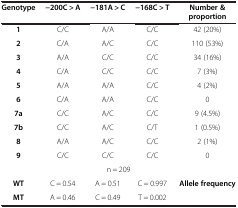
| Genotype | -200C > A | -181A > C | -168C > T | Number & proportion |
 | --- | --- | --- | --- | --- |
 | 1 | C/C | A/A | C/C | 42 (20%) |
 | 2 | C/A | A/C | C/C | 110 (53%) |
 | 3 | A/A | C/C | C/C | 34 (16%) |
 | 4 | C/A | C/C | C/C | 7 (3%) |
 | 5 | A/A | A/A | C/C | 4 (2%) |
 | 6 | C/A | A/A | C/C | 0 |
 | 7a | C/C | A/C | C/C | 9 (4.5%) |
 | 7b | C/C | A/C | C/T | 1 (0.5%) |
 | 8 | A/A | A/C | C/C | 2 (1%) |
 | 9 | C/C | C/C | C/C | 0 |
 | <COLSPAN=5> n = 209 |
 | WT | C = 0.54 | A = 0.51 | C = 0.997 | <ROWSPAN=2> Allele frequency |
 | MT | A = 0.46 | C = 0.49 | T = 0.002 |